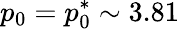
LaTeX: p_{0}=p_{0}^{*}\sim 3.81